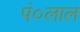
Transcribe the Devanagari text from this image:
पं०लाल